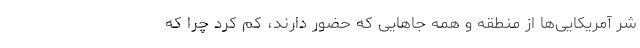
شر آمریکایی‌ها از منطقه و همه جاهایی که حضور دارند، کم کرد چرا که